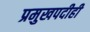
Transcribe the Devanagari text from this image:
प्रमुखपदीही